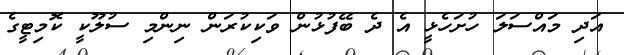
އަދި މައްސަލަ ހުށަހެޅީ އެ ދެ ބޭފުޅުން ވަކިކުރަން ނިންމި ސުލޫކީ ކޮމިޓީގެ